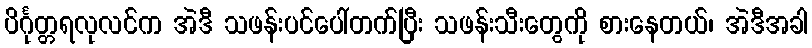
ပိင်္ဂုတ္တရလုလင်က အဲဒီ သဖန်းပင်ပေါ်တက်ပြီး သဖန်းသီးတွေကို စားနေတယ်၊ အဲဒီအခါ